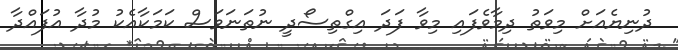
ދުނިޔެއަށް މިވަތު ދިމާވެފައި މިވާ ފަދަ އިގްތިސޯދީ ނުތަނަވަސް ކަމަކާއެކު މުދާ އުފައްދާ